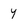
Character: y